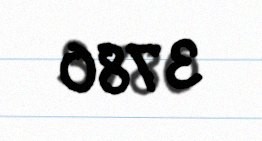
3 780